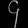
Digit: ၄